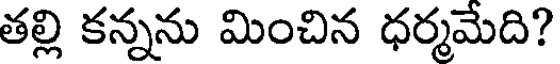
తల్లి కన్నను మించిన ధర్మమేది?